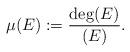
LaTeX: \begin{align*}\mu(E):=\frac{\deg(E)}{(E)}.\end{align*}